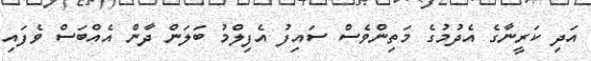
އަދި ކަރީނާގެ އެދުމުގެ މަތިންވެސް ސައިފު އެފިލްމު ބަލަން ދާން އެއްބަސް ވެފައި